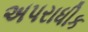
અપરાધીક